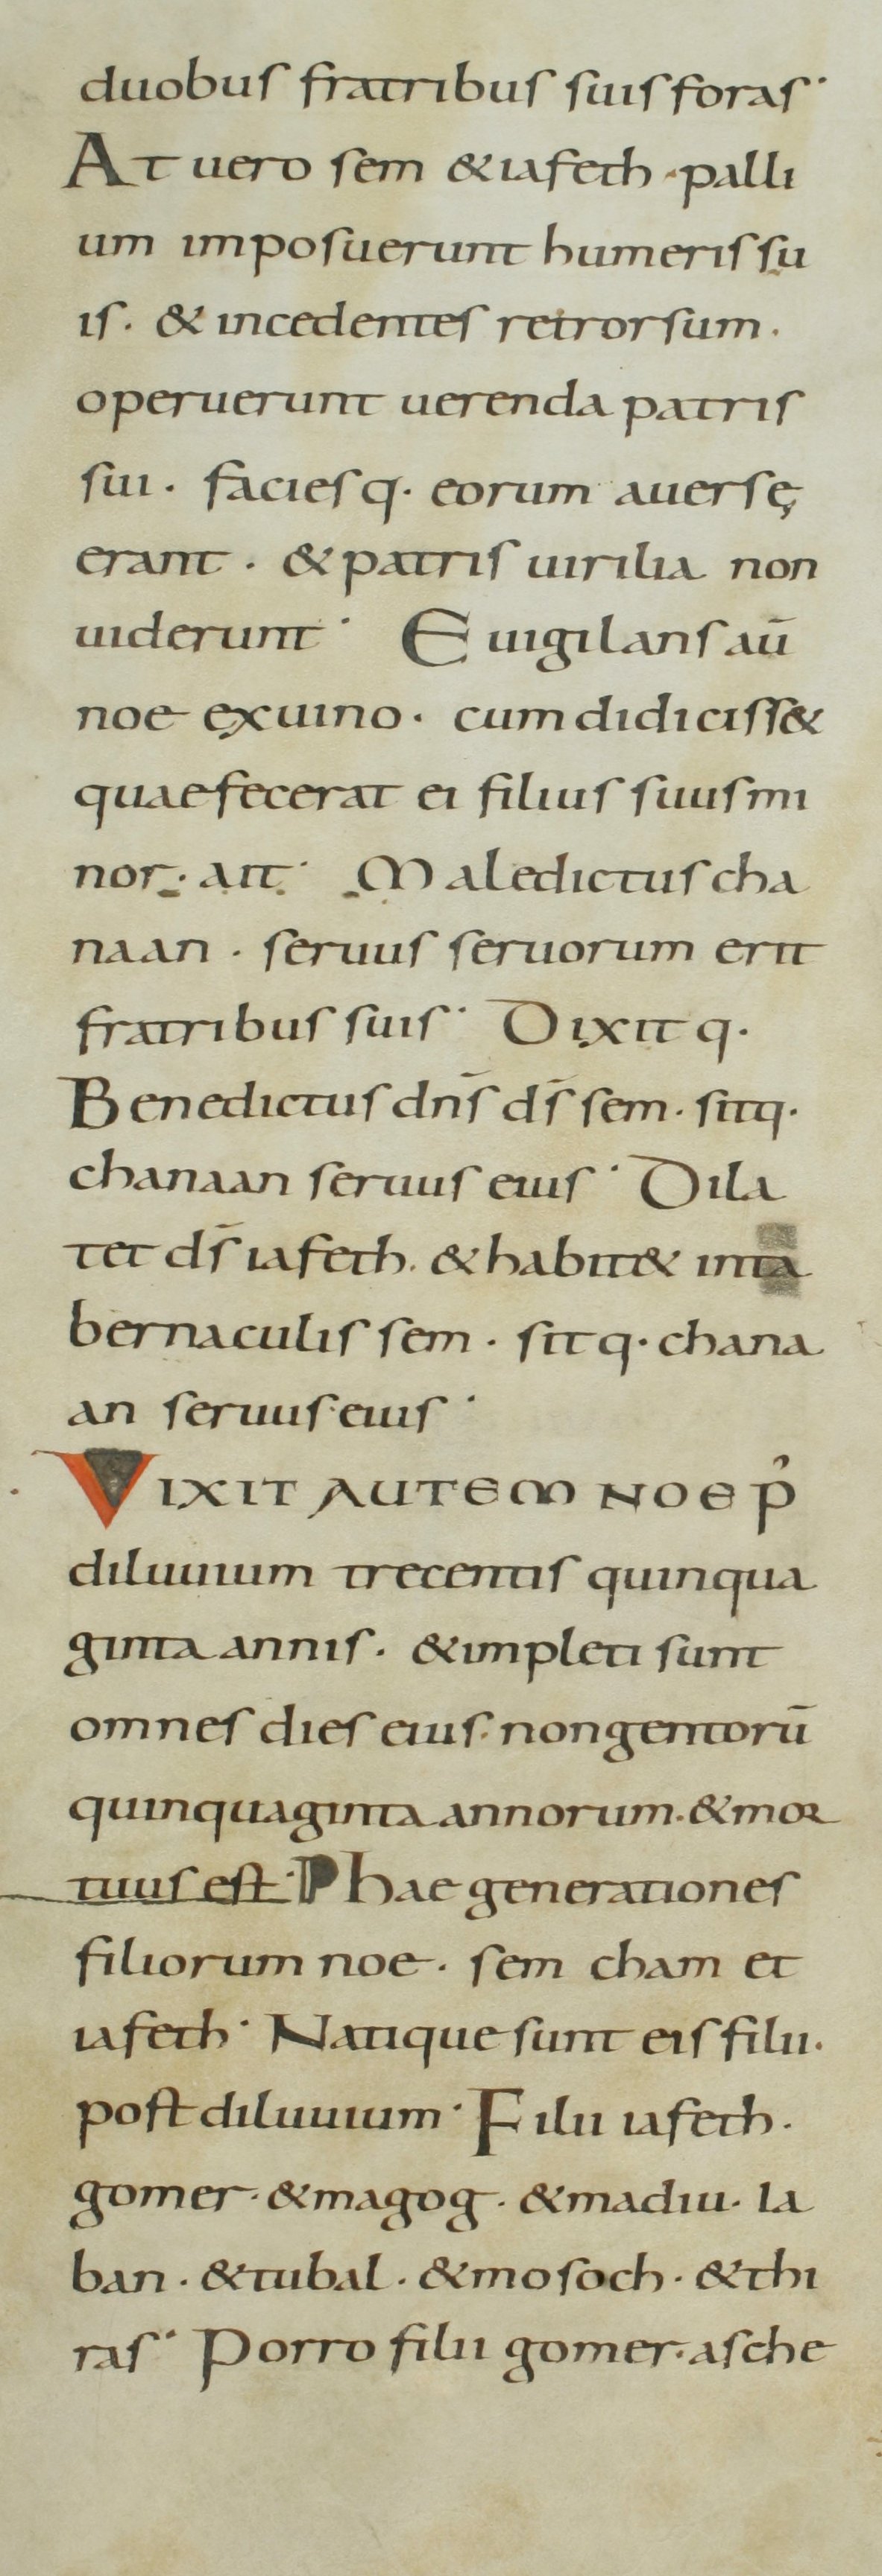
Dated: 800–899